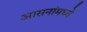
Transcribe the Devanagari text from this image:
आसनांमध्ये